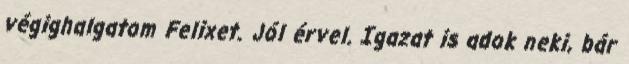
végighalgatom Felixet. Jól érvel. Igazat is adok neki, bár